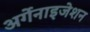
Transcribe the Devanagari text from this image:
अर्गेनाइजेशन